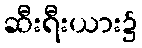
ဆီးရီးယား၌